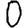
Digit: 0